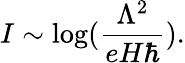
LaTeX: I\sim\log({\frac{\Lambda^{2}}{eH\hbar}}).